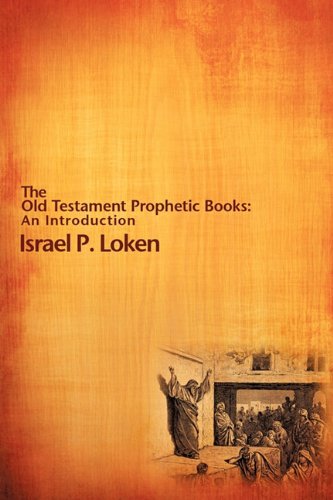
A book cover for The Old Testament Prophetic Books: An Introduction; Israel P. Loken; Christian Books & Bibles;